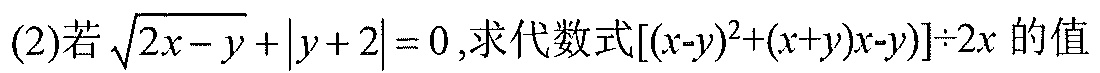
(2)若\(\sqrt{2x - y}+\vert y + 2\vert = 0\),求代数式\([(x - y)^{2}+(x + y)(x - y)]\div2x\)的值